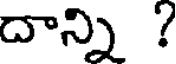
దాన్ని ?